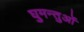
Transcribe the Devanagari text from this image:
घुमन्तुओं